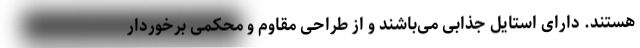
هستند. دارای استایل جذابی می‌باشند و از طراحی مقاوم و محکمی برخوردار